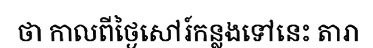
ថា កាលពីថ្ងៃសៅរ៍កន្លងទៅនេះ តារា